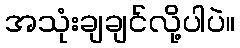
အသုံးချချင်လို့ပါပဲ။